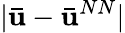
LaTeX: |\mathbf{\bar{u}}-\mathbf{\bar{u}}^{NN}|